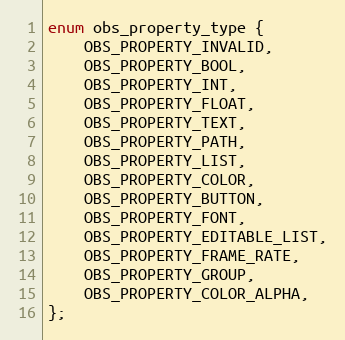
Language: C
enum obs_property_type {
	OBS_PROPERTY_INVALID,
	OBS_PROPERTY_BOOL,
	OBS_PROPERTY_INT,
	OBS_PROPERTY_FLOAT,
	OBS_PROPERTY_TEXT,
	OBS_PROPERTY_PATH,
	OBS_PROPERTY_LIST,
	OBS_PROPERTY_COLOR,
	OBS_PROPERTY_BUTTON,
	OBS_PROPERTY_FONT,
	OBS_PROPERTY_EDITABLE_LIST,
	OBS_PROPERTY_FRAME_RATE,
	OBS_PROPERTY_GROUP,
	OBS_PROPERTY_COLOR_ALPHA,
};